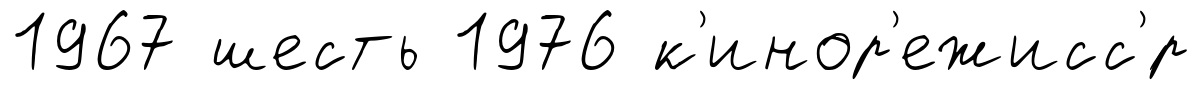
1967 шесть 1976 к'инор'ежисс'́р